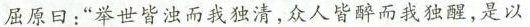
屈原日：”举世皆浊而我独清，众人皆醉而我独醒，是以